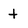
Character: t